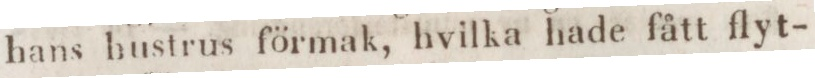
hans bustrus förmak, hvilka hade fått flyt-